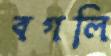
বগলি